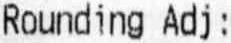
ROUNDING ADJ :